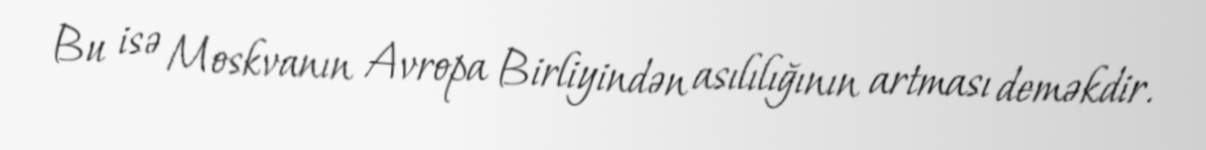
Bu isə Moskvanın Avropa Birliyindən asılılığının artması deməkdir.